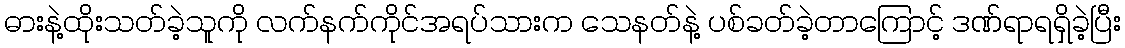
ဓားနဲ့ထိုးသတ်ခဲ့သူကို လက်နက်ကိုင်အရပ်သားက သေနတ်နဲ့ ပစ်ခတ်ခဲ့တာကြောင့် ဒဏ်ရာရရှိခဲ့ပြီး